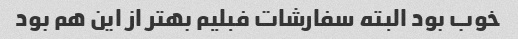
خوب بود البته سفارشات فبلیم بهتر از این هم بود